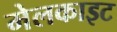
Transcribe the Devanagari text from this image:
मेलकाइट